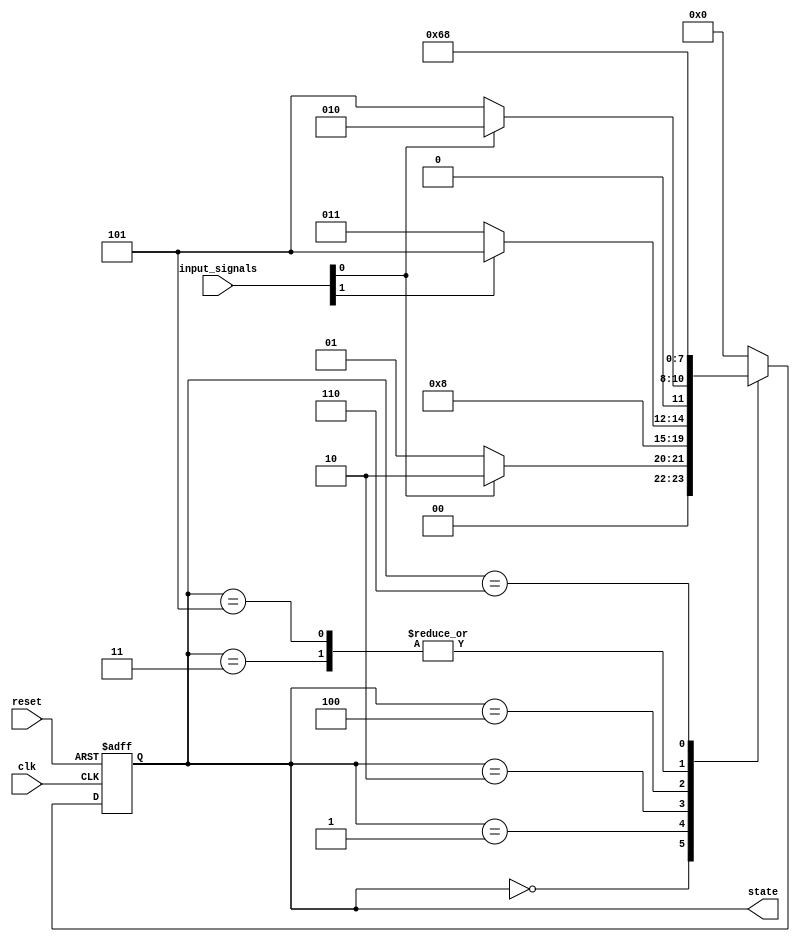
module state_machine (
    input wire clk,
    input wire reset,
    input wire [1:0] input_signals,
    output reg [3:0] state
);

reg [3:0] next_state;
always @(posedge clk or posedge reset) begin
    if (reset) begin
        state <= 4'b0000;
    end else begin
        state <= next_state;
    end
end

always @(state, input_signals) begin
    case (state)
        4'b0000: next_state = input_signals[0] ? 4'b0010 : 4'b0001;
        4'b0001: next_state = 4'b0100;
        4'b0010: next_state = input_signals[1] ? 4'b0101 : 4'b0011;
        4'b0011: next_state = 4'b0110;
        4'b0100: next_state = input_signals[0] ? 4'b0010 : 4'b0101;
        4'b0101: next_state = 4'b0110;
        4'b0110: next_state = 4'b1000;
        default: next_state = 4'b0000;
    endcase
end

endmodule